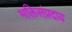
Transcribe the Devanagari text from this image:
भक्तिसंप्रदाय